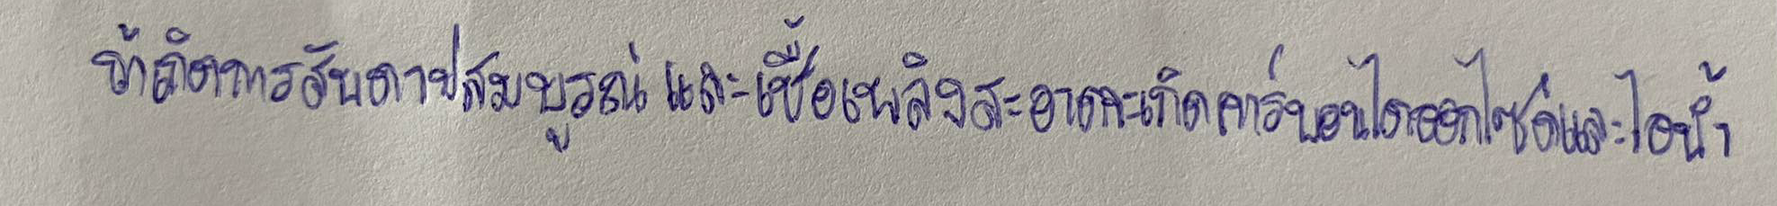
ถ้าเกิดการสันดาปสมบูรณ์และเชื้อเพลิงสะอาดจะเกิดคาร์บอนไดออกไซด์และไอน้ำ